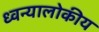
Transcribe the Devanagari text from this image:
ध्वन्यालोकीय